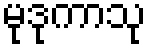
မုဒုကာသု